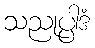
သညုပ္ပါဒံ